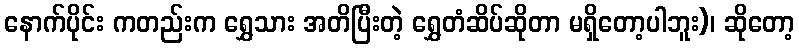
နောက်ပိုင်း ကတည်းက ရွှေသား အတိပြီးတဲ့ ရွှေတံဆိပ်ဆိုတာ မရှိတော့ပါဘူး)၊ ဆိုတော့